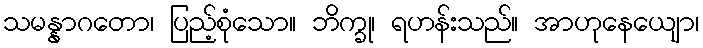
သမန္နာဂတော၊ ပြည့်စုံသော။ ဘိက္ခု၊ ရဟန်းသည်။ အာဟုနေယျော၊